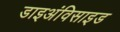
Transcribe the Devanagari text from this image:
डाइअंविसाइड